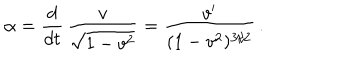
\alpha = \frac { d } { d t } \, \frac { v } { \sqrt { 1 - v ^ { 2 } } } = \frac { v ^ { \prime } } { ( 1 - v ^ { 2 } ) ^ { 3 / 2 } } \, .